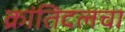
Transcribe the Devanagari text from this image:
क्रांतिदलचा